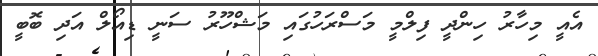
އެއީ މިހާރު ހިންދީ ފިލްމީ މަސްރަހުގައި މަޝްހޫރު ސަނީ ޑިއޯލް އަދި ބޮބީ